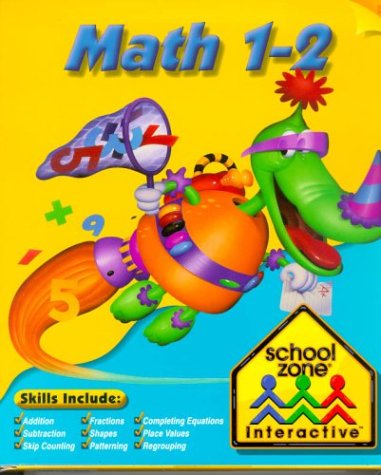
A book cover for Math 1 - 2; Children's Books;